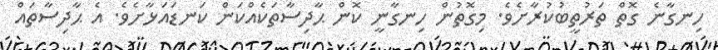
ހިނގާނެ ގޮތް ތަރުތީބުކުރާށެވެ. މިގޮތުން ހިނގާނީ ކޮން ޙާދިސާތަކެއްކަން ކަނޑައަޅާށެވެ. އެ ޙާދިސާތައް